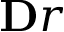
\mathbf Ḋ r Ḍ